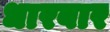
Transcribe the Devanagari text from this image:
धारबार